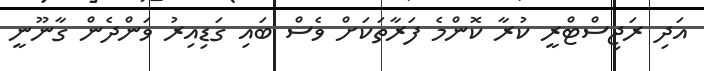
އަދި ރަޖިސްޓްރީ ކުރާ ކޮންމެ ފަރާތަކަށް ވެސް ބައި ގަޑިއިރު ވަންދެން ގާނޫނީ